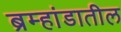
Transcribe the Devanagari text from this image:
ब्रम्हांडातील